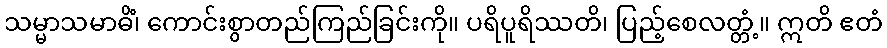
သမ္မာသမာဓိံ၊ ကောင်းစွာတည်ကြည်ခြင်းကို။ ပရိပူရိဿတိ၊ ပြည့်စေလတ္တံ့။ ဣတိ ဧတံ